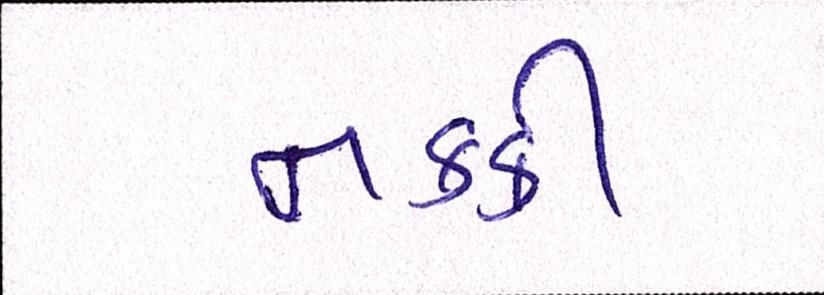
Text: નકકી